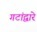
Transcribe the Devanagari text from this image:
गटांद्वारे